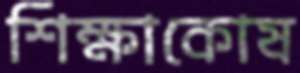
শিক্ষাকোষ